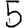
Digit: 5